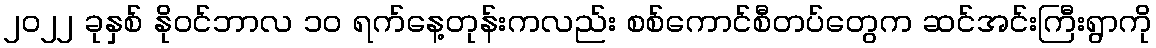
၂၀၂၂ ခုနှစ် နိုဝင်ဘာလ ၁၀ ရက်နေ့တုန်းကလည်း စစ်ကောင်စီတပ်တွေက ဆင်အင်းကြီးရွာကို